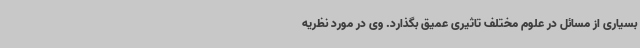
بسیاری از مسائل در علوم مختلف تاثیری عمیق بگذارد. وی در مورد نظریه